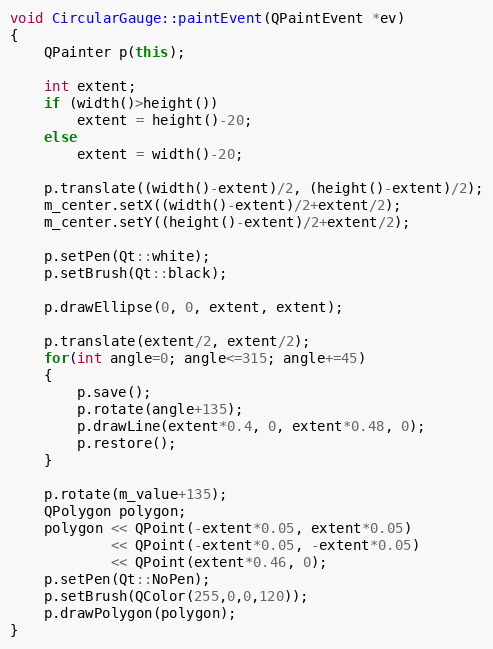
Language: C++
void CircularGauge::paintEvent(QPaintEvent *ev)
{
    QPainter p(this);

    int extent;
    if (width()>height())
        extent = height()-20;
    else
        extent = width()-20;

    p.translate((width()-extent)/2, (height()-extent)/2);
    m_center.setX((width()-extent)/2+extent/2);
    m_center.setY((height()-extent)/2+extent/2);

    p.setPen(Qt::white);
    p.setBrush(Qt::black);

    p.drawEllipse(0, 0, extent, extent);

    p.translate(extent/2, extent/2);
    for(int angle=0; angle<=315; angle+=45)
    {
        p.save();
        p.rotate(angle+135);
        p.drawLine(extent*0.4, 0, extent*0.48, 0);
        p.restore();
    }

    p.rotate(m_value+135);
    QPolygon polygon;
    polygon << QPoint(-extent*0.05, extent*0.05)
            << QPoint(-extent*0.05, -extent*0.05)
            << QPoint(extent*0.46, 0);
    p.setPen(Qt::NoPen);
    p.setBrush(QColor(255,0,0,120));
    p.drawPolygon(polygon);
}